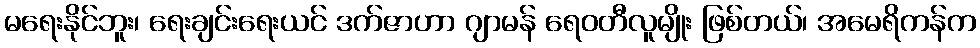
မရေးနိုင်ဘူး၊ ရေးချင်းရေးယင် ဒက်ဇာဟာ ဂျာမန် ရေဝတီလူမျိုး ဖြစ်တယ်၊ အမေရိကန်က